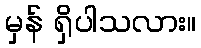
မှန် ရှိပါသလား။